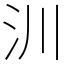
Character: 汌